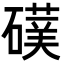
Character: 𮁅